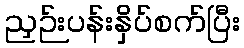
ညှဉ်းပန်းနှိပ်စက်ပြီး